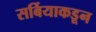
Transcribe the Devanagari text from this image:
सर्बियाकडून